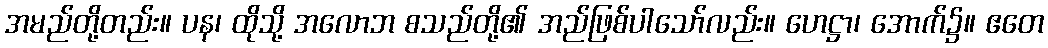
အမည်တို့တည်း။ ပန၊ ထိုသို့ အလောဘ စသည်တို့၏ အည်ဖြစ်ပါသော်လည်း။ ဟေဋ္ဌာ၊ အောက်၌။ ဧတေ